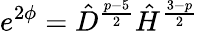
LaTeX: e^{2\phi}=\hat{D}^{\frac{p-5}{2}}\hat{H}^{\frac{3-p}{2}}